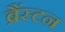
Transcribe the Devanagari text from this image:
ब्रैंस्टन